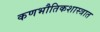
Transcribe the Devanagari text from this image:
कणभौतिकशास्त्रात